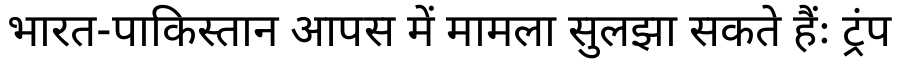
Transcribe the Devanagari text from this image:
भारत-पाकिस्तान आपस में मामला सुलझा सकते हैंः ट्रंप